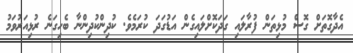
އެދާގޮތަށް ގޮސް މުޅިތަން ފުރާލައި ގަދަކޮށްލައިގެން އަޑުގަދަ ކުރަމެވެ. ކުދިންކުދިންނާ ބެހިގަނެ ރުޅިއަރުވަމު